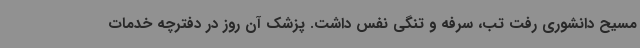
مسیح دانشوری رفت تب، سرفه و تنگی نفس داشت. پزشک آن روز در دفترچه خدمات